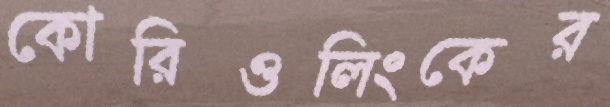
কোরিওলিংকের